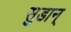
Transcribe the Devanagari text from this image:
सुडान्